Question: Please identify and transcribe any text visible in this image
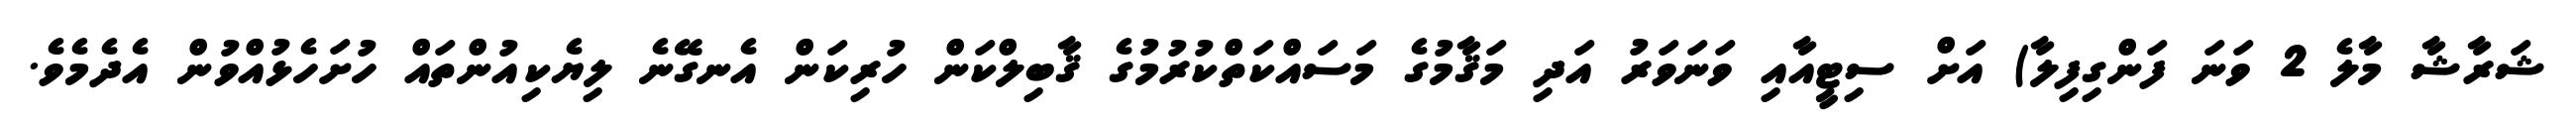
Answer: ޝަރާޝާ މާލެ 2 ވަނަ ފަންގިފިލާ) އަށް ސިޓީއާއި ވަނަވަރު އަދި މަޤާމުގެ މަސައްކަތްކުރުމުގެ ޤާބިލްކަން ހުރިކަން އެނގޭނެ ލިޔެކިއުންތައް ހުށަހެޅުއްވުން އެދެމެވެ.